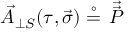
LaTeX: \vec { A } _ { \perp S } ( \tau , \vec { \sigma } ) \stackrel { \circ } { = } \, { \vec { \vec { P } } }